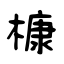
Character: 槺